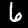
Digit: 6